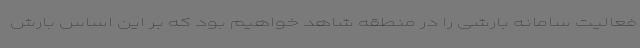
فعالیت سامانه بارشی را در منطقه شاهد خواهیم بود که بر این اساس بارش